Lunatic asylums Madras 1892-1911 - 1892-1911
Year: 1892
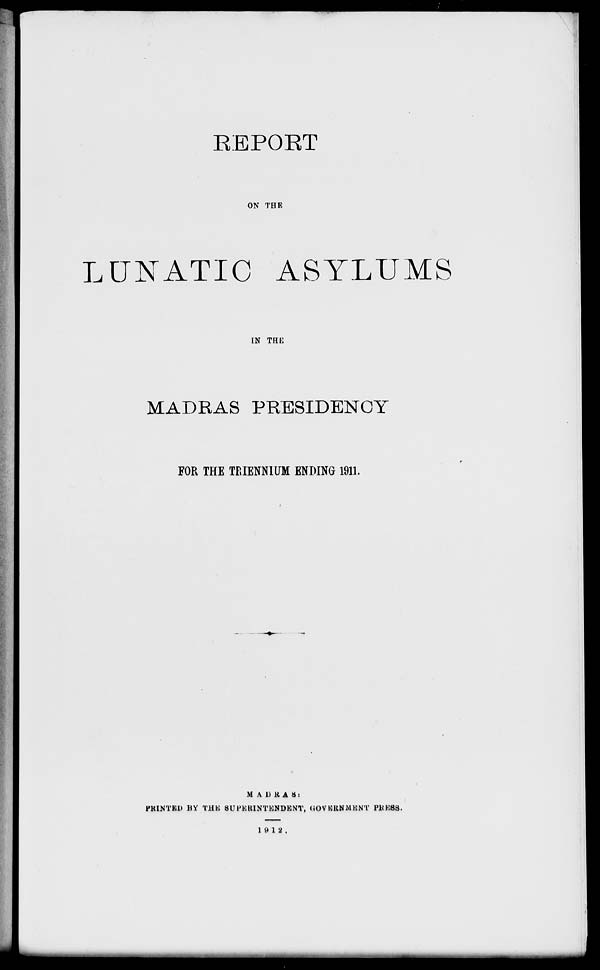
KEPOKT
ON THE
LUNATIC ASYLUMS
IN THE
MADRAS PRESIDENCY
FOR THE TRIENMUM ENDING 1911.
MADRAS:
PRINTED BY THE SUPERINTENDENT, GOVERNMENT Pit ESS.
19 12.